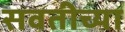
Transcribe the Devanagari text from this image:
सवतीच्या